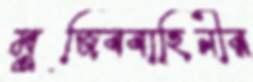
মুজিববাহিনীর